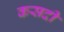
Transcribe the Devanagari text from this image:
कसदी